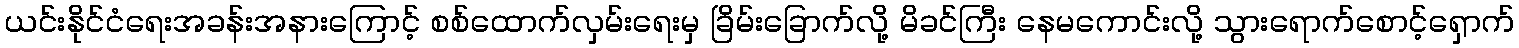
ယင်းနိုင်ငံရေးအခန်းအနားကြောင့် စစ်ထောက်လှမ်းရေးမှ ခြိမ်းခြောက်လို့ မိခင်ကြီး နေမကောင်းလို့ သွားရောက်စောင့်ရှောက်